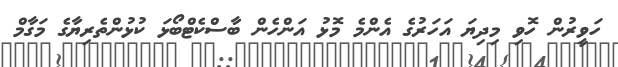
ހަވީރުން ހޮވި މިދިޔަ އަހަރުގެ އެންމެ މޮޅު އަންހެން ބާސްކެޓްބޯޅަ ކުޅުންތެރިޔާގެ މަގާމް